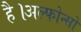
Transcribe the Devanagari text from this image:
है।अल्फोन्सो